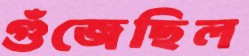
গুঁজেছিল